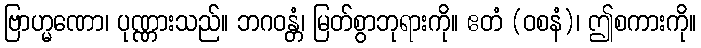
ဗြာဟ္မဏော၊ ပုဏ္ဏားသည်။ ဘဂဝန္တံ၊ မြတ်စွာဘုရားကို။ ဧတံ (ဝစနံ)၊ ဤစကားကို။